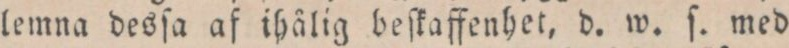
lemna desſa af ihålig beſkaffenhet, d. w. ſ. med